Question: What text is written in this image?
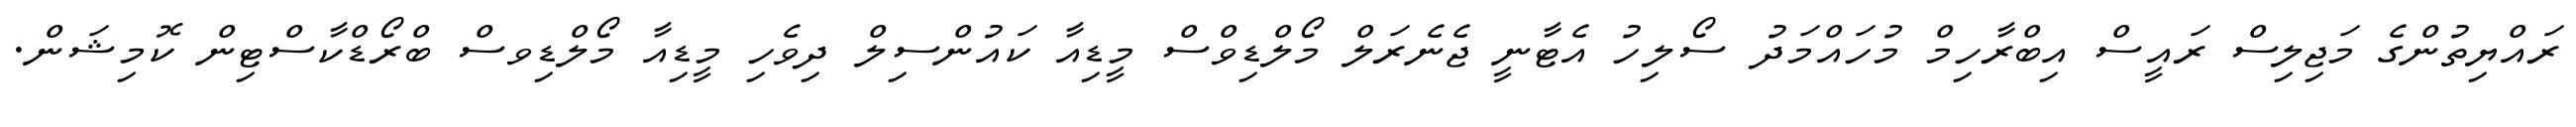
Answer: ރައްޔިތުންގެ މަޖިލިސް ރައީސް އިބްރާހިމް މުހައްމަދު ސޯލިހު އެޓާނީ ޖެނެރަލް މޯލްޑިވްސް މީޑިއާ ކައުންސިލް ދިވެހި މީޑިއާ މޯލްޑިވސް ބްރޯޑްކާސްޓިން ކޮމިޝަން.